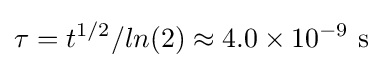
\tau =t^{1/2}/ln(2)\approx 4.0\times 10^{-9}\ \mathrm {s}